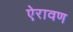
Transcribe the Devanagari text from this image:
ऐरावण